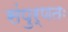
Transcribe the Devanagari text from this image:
संपुर्णतः